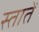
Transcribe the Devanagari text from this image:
स्तातें